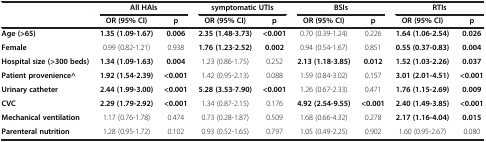
|  | <COLSPAN=2> All HAIs | <COLSPAN=2> symptomatic UTIs | <COLSPAN=2> BSIs | <COLSPAN=2> RTIs |
 |  | OR (95% CI) | p | OR (95% CI) | p | OR (95% CI) | p | OR (95% CI) | p |
 | --- | --- | --- | --- | --- | --- | --- | --- | --- |
 | Age (>65) | 1.35 (1.09-1.67) | 0.006 | 2.35 (1.48-3.73) | <0.001 | 0.70 (0.39-1.24) | 0.226 | 1.64 (1.06-2.54) | 0.026 |
 | Female | 0.99 (0.82-1.21) | 0.938 | 1.76 (1.23-2.52) | 0.002 | 0.94 (0.54-1.67) | 0.851 | 0.55 (0.37-0.83) | 0.004 |
 | Hospital size (>300 beds) | 1.34 (1.09-1.63) | 0.004 | 1.23 (0.86-1.75) | 0.252 | 2.13 (1.18-3.85) | 0.012 | 1.52 (1.03-2.26) | 0.037 |
 | Patient provenience^ | 1.92 (1.54-2.39) | <0.001 | 1.42 (0.95-2.13) | 0.088 | 1.59 (0.84-3.02) | 0.157 | 3.01 (2.01-4.51) | <0.001 |
 | Urinary catheter | 2.44 (1.99-3.00) | <0.001 | 5.28 (3.53-7.90) | <0.001 | 1.26 (0.67-2.33) | 0.471 | 1.76 (1.15-2.69) | 0.009 |
 | CVC | 2.29 (1.79-2.92) | <0.001 | 1.34 (0.87-2.15) | 0.176 | 4.92 (2.54-9.55) | <0.001 | 2.40 (1.49-3.85) | <0.001 |
 | Mechanical ventilation | 1.17 (0.76-1.78) | 0.474 | 0.73 (0.28-1.87) | 0.509 | 1.68 (0.66-4.32) | 0.278 | 2.17 (1.16-4.04) | 0.015 |
 | Parenteral nutrition | 1.28 (0.95-1.72) | 0.102 | 0.93 (0.52-1.65) | 0.797 | 1.05 (0.49-2.25) | 0.902 | 1.60 (0.95-2.67) | 0.080 |